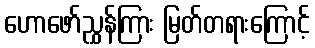
ဟောဖော်ညွှန်ကြား မြတ်တရားကြောင့်